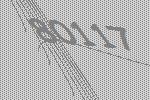
80117